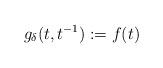
LaTeX: \begin{align*}g_{\delta} (t,t^{-1}) := f(t)\end{align*}